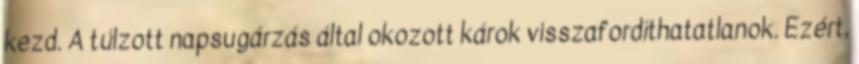
kezd. A túlzott napsugárzás által okozott károk visszafordíthatatlanok. Ezért,